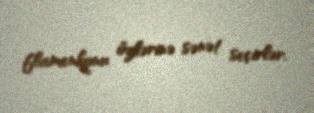
flamenkonu özlərinə sənət seçirlər.